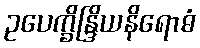
ဥပေက္ခိန္ဒြိယနိရောဓံ